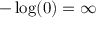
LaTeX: - \log ( 0 ) = \infty